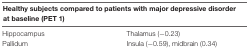
<table><thead><tr><td colspan="2"><b>Healthy subjects compared to patients with major depressive disorder at baseline (PET 1)</b></td></tr></thead><tbody><tr><td>Hippocampus</td><td>Thalamus (−0.23)</td></tr><tr><td>Pallidum</td><td>Insula (−0.59), midbrain (0.34)</td></tr></tbody></table>